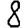
Digit: 8